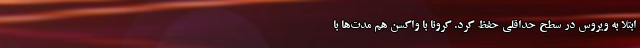
ابتلا به ویروس در سطح حداقلی حفظ کرد. کرونا با واکسن هم مدت‌ها با